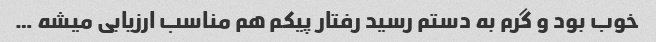
خوب بود و گرم به دستم رسید رفتار پیکم هم مناسب ارزیابی میشه …